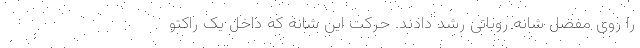
را روی مفصل شانه روباتی رشد دادند. حرکت این شانه که داخل یک راکتو